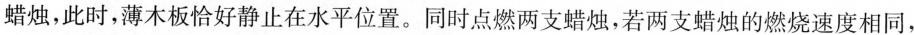
蜡烛，此时，薄木板恰好静止在水平位置。同时点燃两支蜡烛，若两支蜡烛的燃烧速度相同，